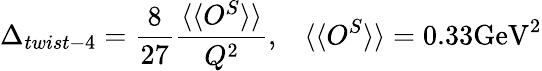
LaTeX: \Delta_{twist-4}=\frac{8}{27}\frac{\langle\langle O^{S}\rangle\rangle}{Q^{2}},\; \; \; \langle\langle O^{S}\rangle\rangle=0.33\mathrm{GeV}^{2}